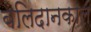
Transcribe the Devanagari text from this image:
बलिदानकाल